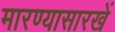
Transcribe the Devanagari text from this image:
मारण्यासारखें